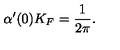
\alpha ^ { \prime } ( 0 ) K _ { F } = \frac { 1 } { 2 \pi } .